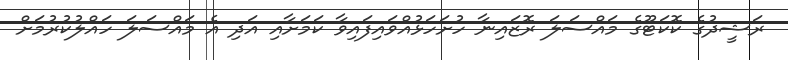
ރަޝީދުގެ ކޮކަޓޫގެ މައްސަލަ ރޮޒައިނާ ހުށަހަޅުއްވައިފައިވާ ކަމަށާއި އަދި އެ މައްސަލަ ހައްލުކުރުމަށް